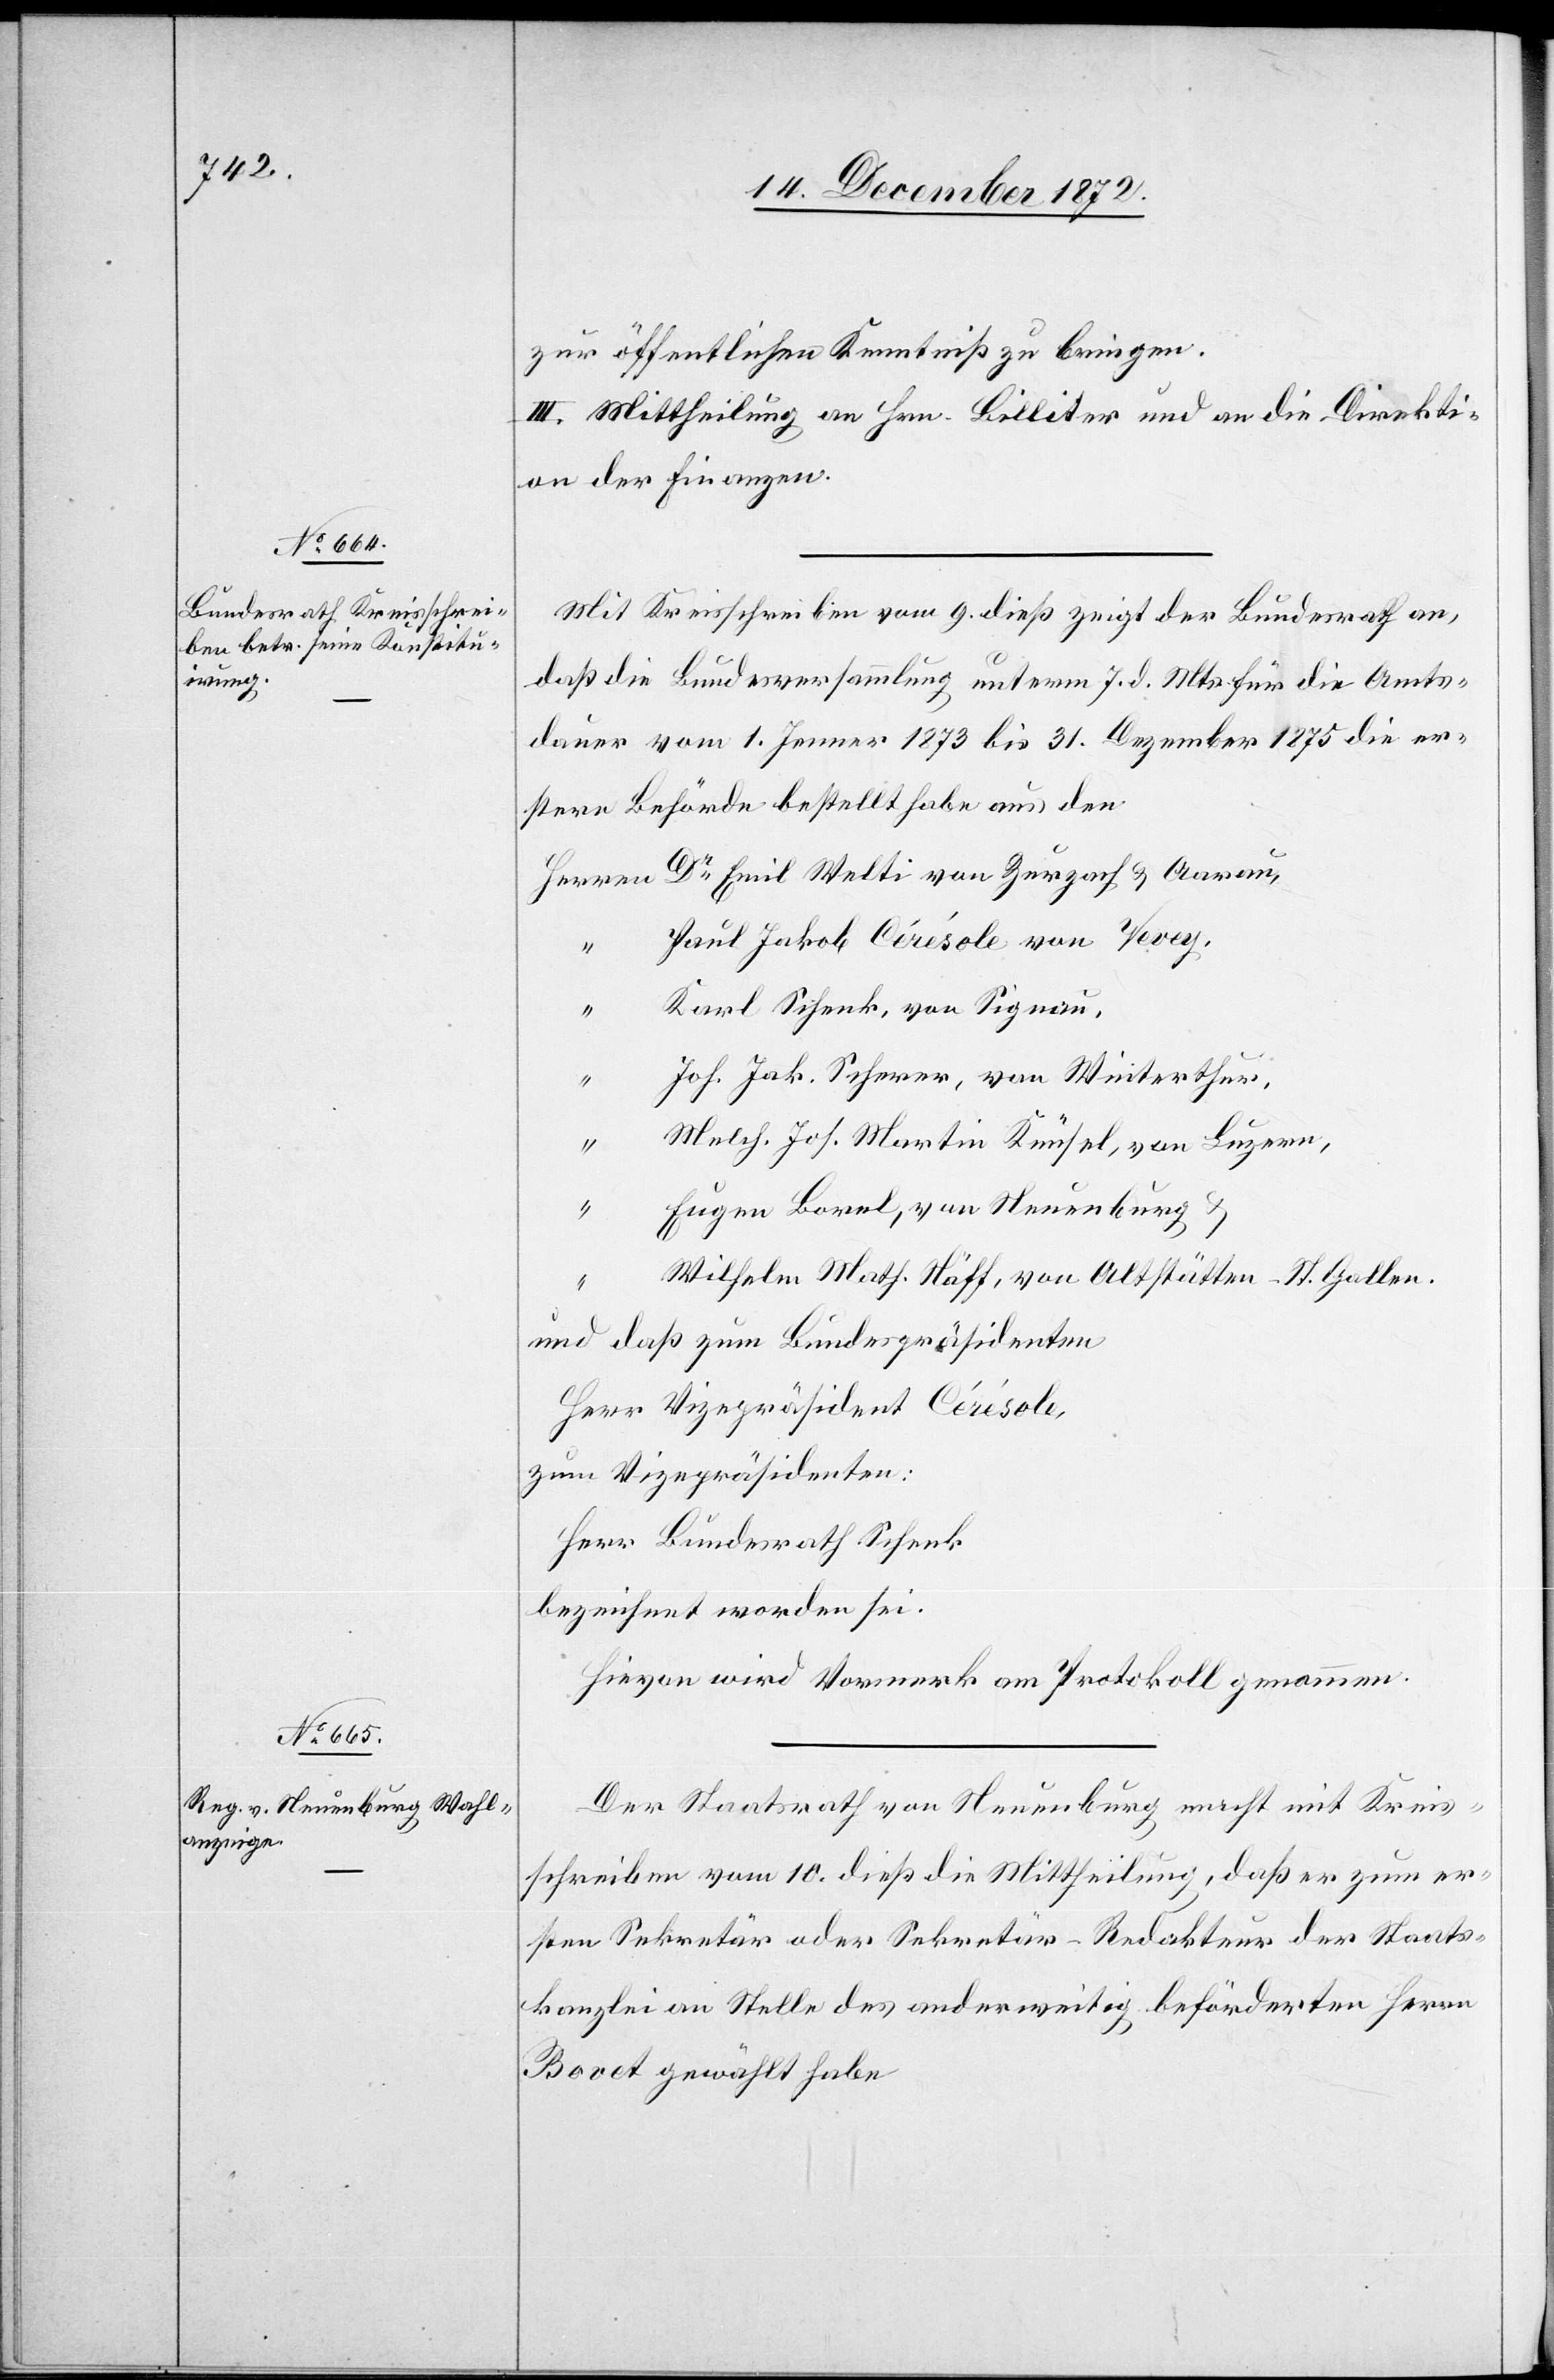
zur öffentlichen Kenntniß zu bringen.
III. Mittheilung an Hrn. Billiter und an die Direkti¬
on der Finanzen.
Mit Kreisschreiben vom 9. dieß zeigt der Bundesrath an,
daß die Bundesversammlung unterm 7. d. Mts. für die Amts¬
dauer vom 1. Jenner 1873 bis 31. Dezember 1875 die er¬
stere Behörde bestellt habe aus den
Dr Emil Welti von Zurzach u. Aarau
Paul Jakob Cérésole von Vevey,
Karl Schenk von Signau,
Joh. Jak. Scherer, von Winterthur,
Melch. Jos. Martin Knüsel, von Luzern,
Eugen Borel, von Neuenburg
u.
“
Wilheln Math. Näff, von Altstätten-St. Gallen.
und daß zum Bundespräsidenten
Herr Vizepräsident Cérésole,
zum Vizepräsidenten:
Herr Bundesrath Schenk
bezeichnet worden sei.
Hievon wird Vormerk am Protokoll genommen.
Der Staatsrath von Neuenburg macht mit Kreis¬
schreiben vom 10. dieß die Mittheilung, daß er zum er¬
sten Sekretär oder Sekretär-Redakteur der Staats¬
kanzlei an Stelle des anderweitig beförderten Herrn
Bovet gewählt habe